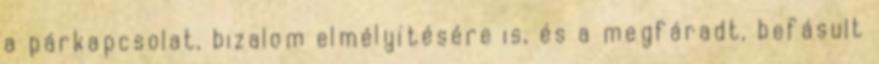
a párkapcsolat, bizalom elmélyítésére is, és a megfáradt, befásult